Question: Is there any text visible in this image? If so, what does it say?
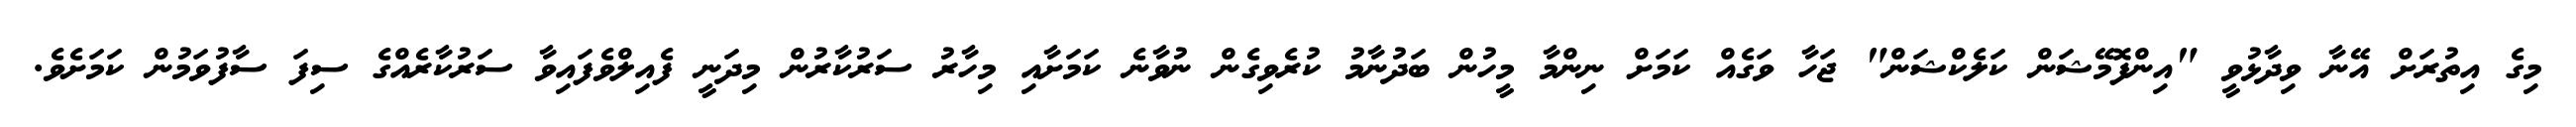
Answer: މިގެ އިތުރަށް އޭނާ ވިދާޅުވީ "އިންފޮމޭޝަން ކަލެކްޝަން" ޖަހާ ވަގެއް ކަމަށް ނިންމާ މީހުން ބަދުނާމު ކުރެވިގެން ނުވާނެ ކަމަށާއި މިހާރު ސަރުކާރުން މިދަނީ ފެއިލްވެފައިވާ ސަރުކާރެއްގެ ސިފަ ސާފުވަމުން ކަމަށެވެ.